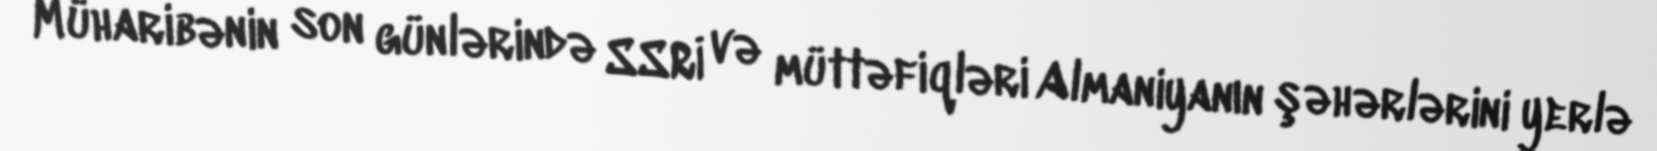
Müharibənin son günlərində SSRİ və müttəfiqləri Almaniyanın şəhərlərini yerlə